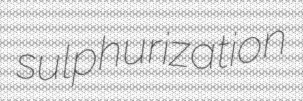
sulphurization